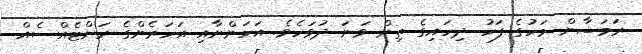
ރަމަޟާން މަހުގެ ފަހު ދިހައިގެ ތިން ވަނަ ދުވަހެވެ. އަހަންނާއި އަހަރެންގެ ރަށްޓެއްސެއް